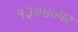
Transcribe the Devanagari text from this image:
१३७४०पर